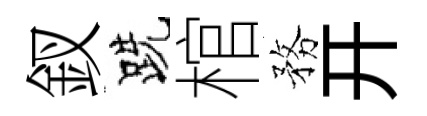
釵跣棺務开